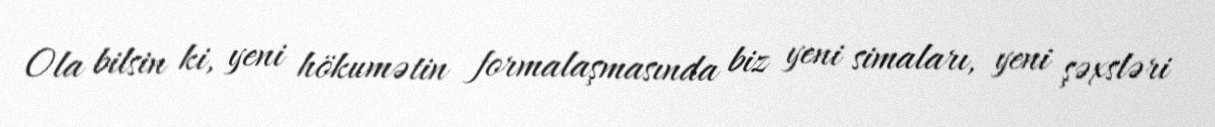
Ola bilsin ki, yeni hökumətin formalaşmasında biz yeni simaları, yeni şəxsləri